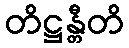
တိဋ္ဌန္တီတိ